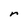
Character: r